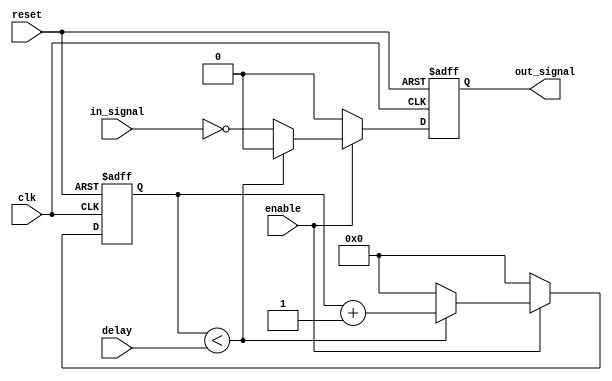
module NAND_Gate_Delay (
    input wire clk,
    input wire reset,
    input wire enable,
    input wire [3:0] delay,
    input wire in_signal,
    output reg out_signal
);

reg [3:0] count;

always @(posedge clk or posedge reset) begin
    if (reset) begin
        count <= 4'b0000;
        out_signal <= 1'b0;
    end else begin
        if (enable) begin
            if (count < delay) begin
                count <= count + 1;
                out_signal <= 1'b0;
            end else begin
                count <= 4'b0000;
                out_signal <= ~in_signal;
            end
        end else begin
            count <= 4'b0000;
            out_signal <= 1'b0;
        end
    end
end

endmodule